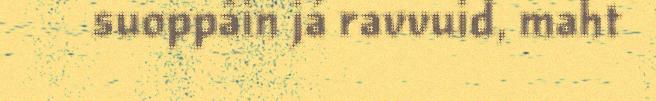
suoppâin já ravvuid, maht